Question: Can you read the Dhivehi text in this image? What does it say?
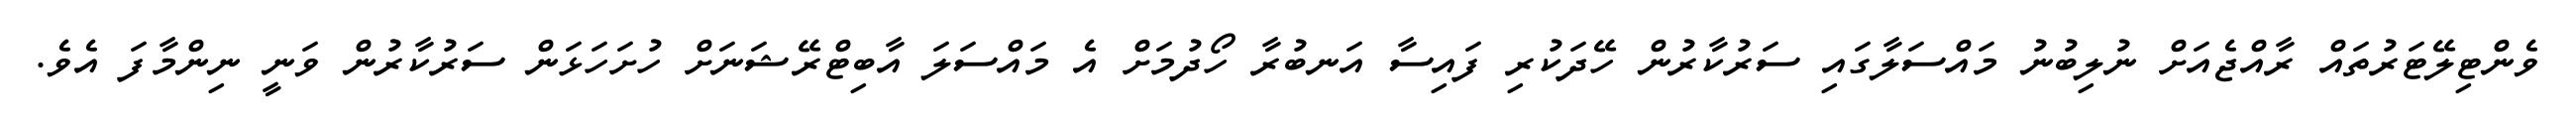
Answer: ވެންޓިލޭޓަރުތައް ރާއްޖެއަށް ނުލިބުނު މައްސަލާގައި ސަރުކާރުން ހޭދަކުރި ފައިސާ އަނބުރާ ހޯދުމަށް އެ މައްސަލަ އާބިޓްރޭޝަނަށް ހުށަހަޅަން ސަރުކާރުން ވަނީ ނިންމާފަ އެވެ.